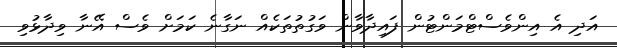
އަދި އެ އިންވެސްޓްމަންޓުން ފައިދާވާން ވަގުތުތަކެއް ނަގާނެ ކަމަށް ވެސް އޭނާ ވިދާޅުވި